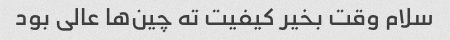
سلام وقت بخیر کیفیت ته چین‌ها عالی بود